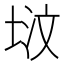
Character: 𪣢